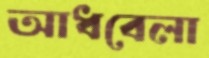
আধবেলা